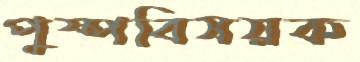
পুষ্পবিষয়ক